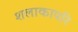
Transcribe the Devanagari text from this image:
शलाकापरि